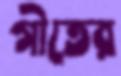
গীতের